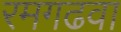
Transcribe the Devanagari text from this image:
रमगढवा